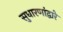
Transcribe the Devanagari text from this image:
सुधारणांद्वारे